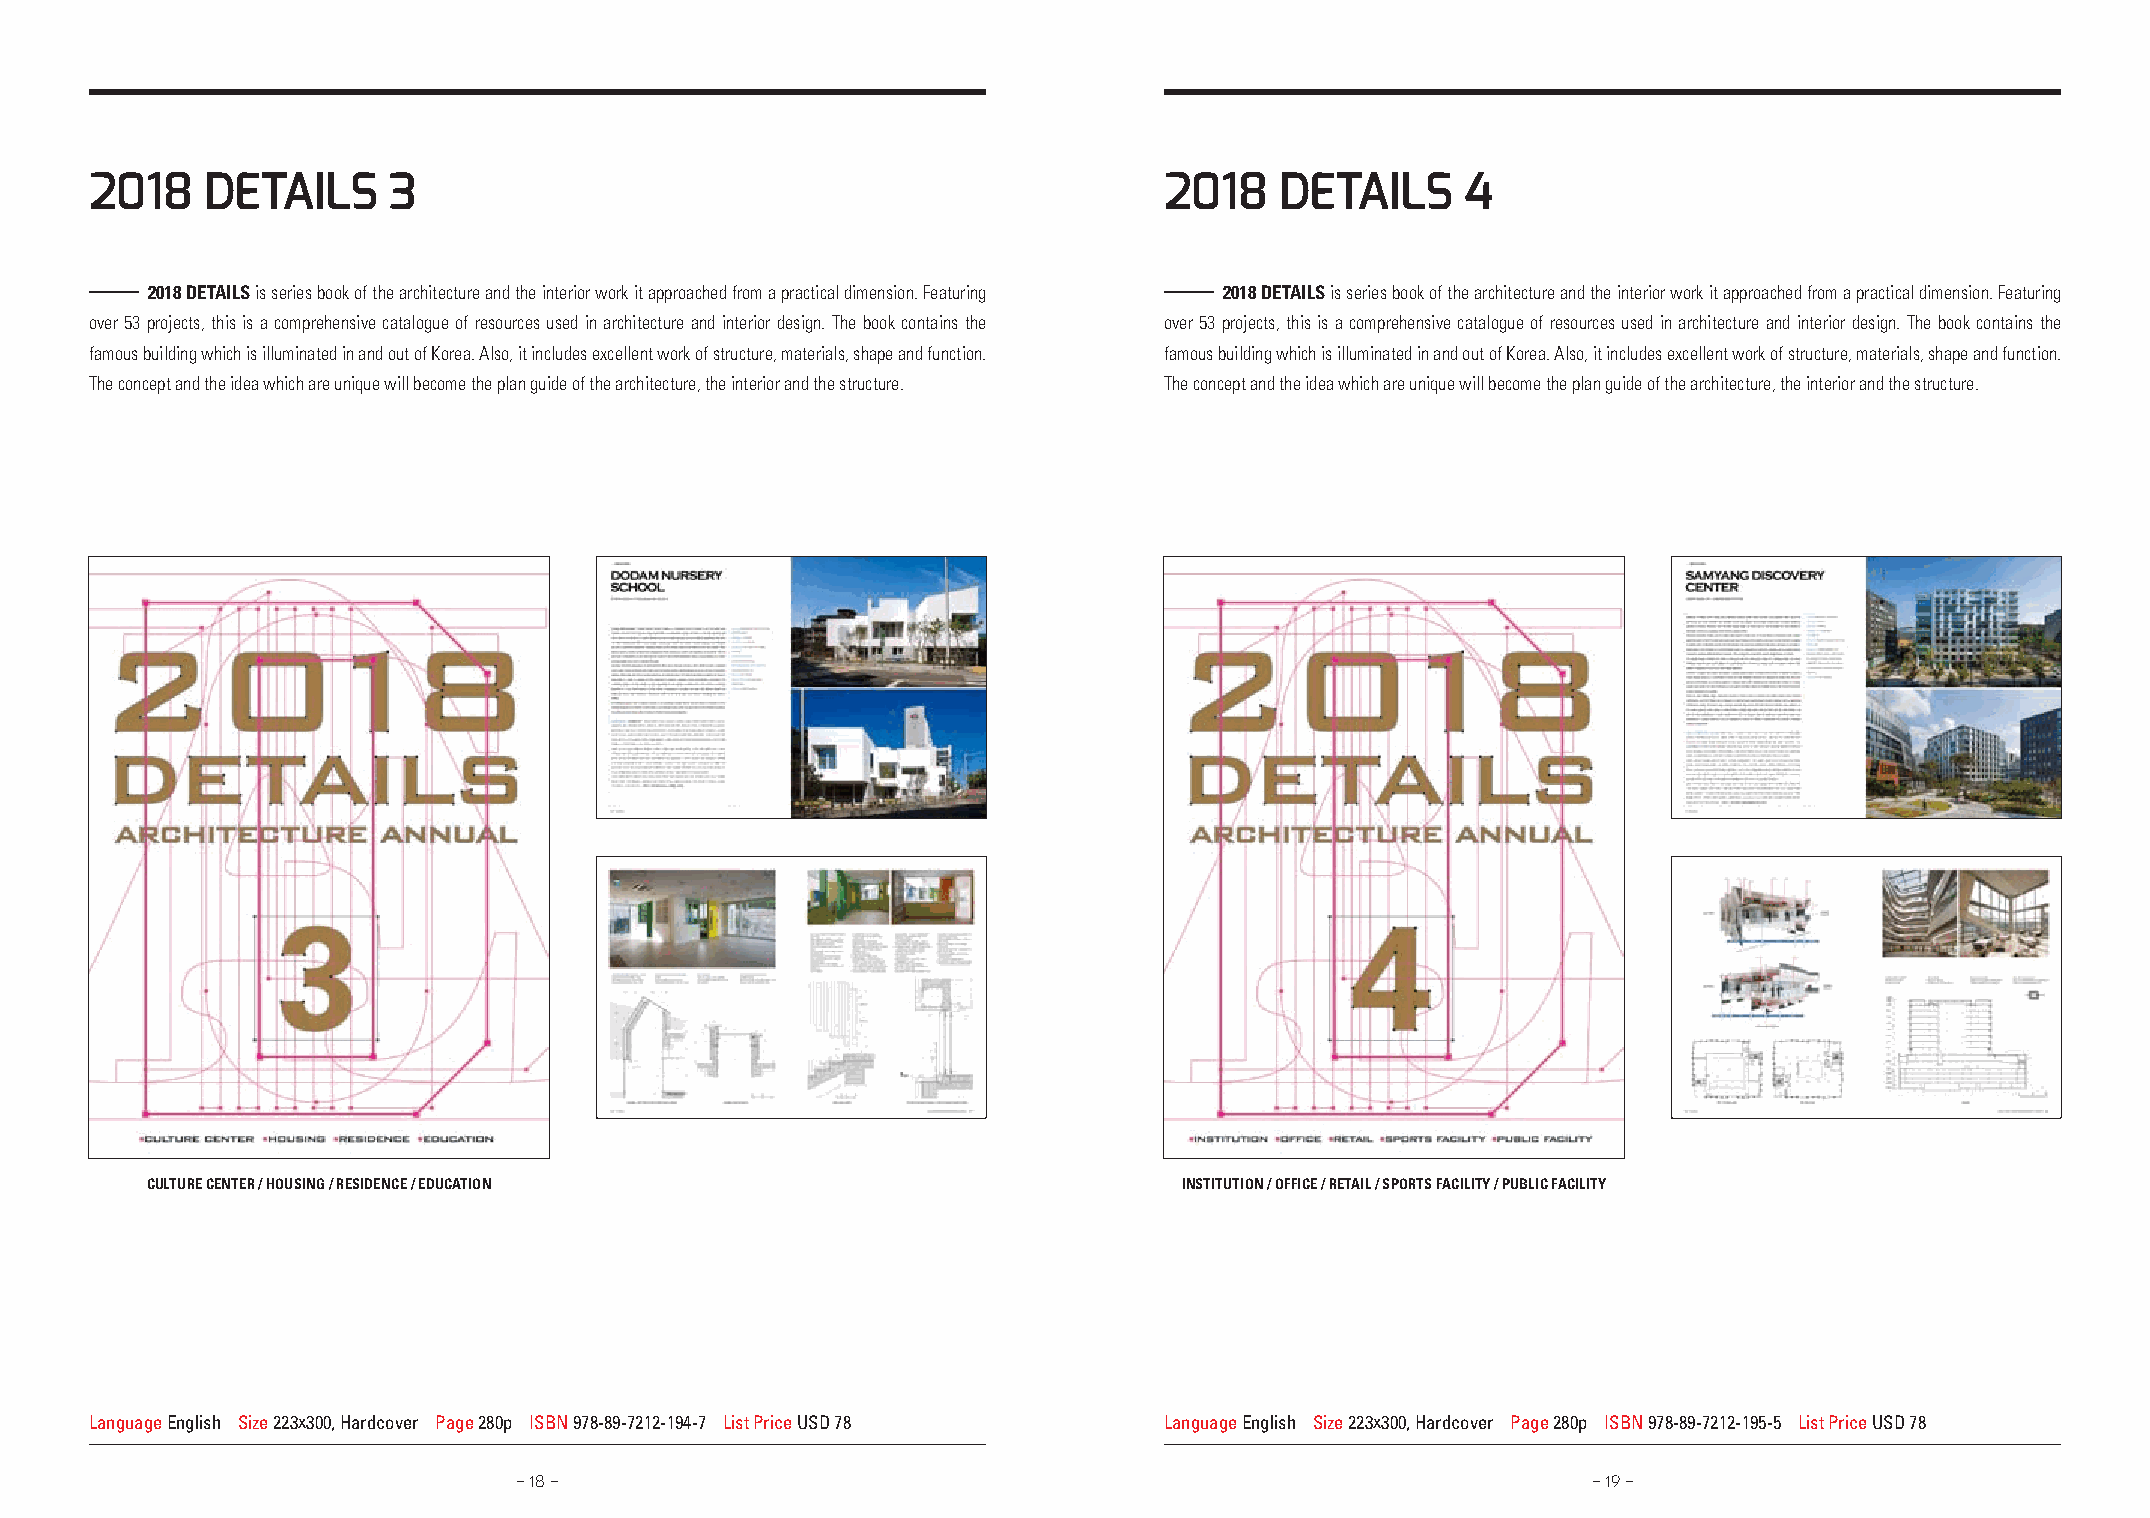
2018    detAilS     3                                                  2018    detAilS     4
 2018 DETAILS is series book of the architecture and the interior work it approached from a practical dimension. Featuring 2018 DETAILS is series book of the architecture and the interior work it approached from a practical dimension. Featuring
 over 53 projects, this is a comprehensive catalogue of resources used in architecture and interior design. The book contains the over 53 projects, this is a comprehensive catalogue of resources used in architecture and interior design. The book contains the
 famous building which is illuminated in and out of Korea. Also, it includes excellent work of structure, materials, shape and function. famous building which is illuminated in and out of Korea. Also, it includes excellent work of structure, materials, shape and function.
 The concept and the idea which are unique will become the plan guide of the architecture, the interior and the structure. The concept and the idea which are unique will become the plan guide of the architecture, the interior and the structure.
 CULTURE CENTER / HOUSING / RESIDENCE / EDUCATION                    INSTITUTION / OffICE / RETAIL / SPORTS fACILITy / PUBLIC fACILITy
 Language English Size 223x300, Hardcover Page 280p ISBN 978-89-7212-194-7 List Price USD 78 Language English Size 223x300, Hardcover Page 280p ISBN 978-89-7212-195-5 List Price USD 78
 - 18 -                                                                 - 19 -